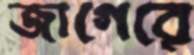
জাগেরে